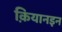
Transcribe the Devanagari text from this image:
क़ियानइन